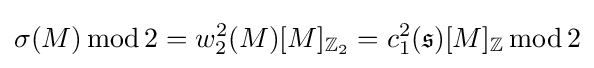
\sigma (M)\operatorname {mod} 2=w_{2}^{2}(M)[M]_{\mathbb {Z} _{2}}=c_{1}^{2}({\mathfrak {s}})[M]_{\mathbb {Z} }\operatorname {mod} 2